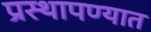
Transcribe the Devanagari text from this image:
प्रस्थापण्यात